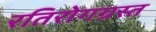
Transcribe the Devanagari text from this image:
रतिरोगग्रस्त